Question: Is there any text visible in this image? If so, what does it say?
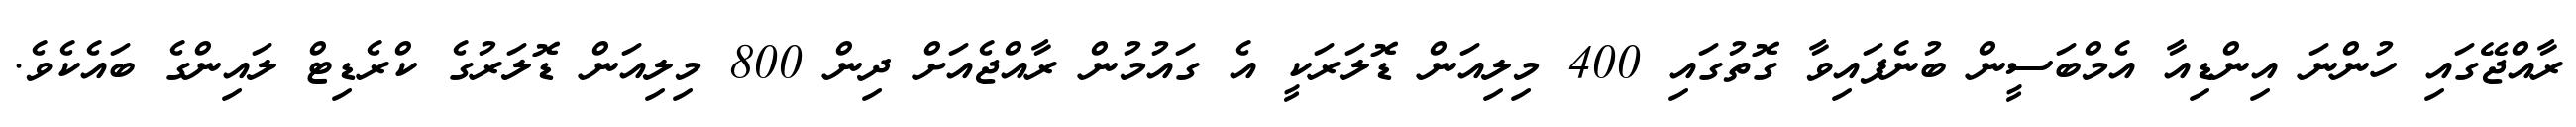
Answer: ރާއްޖޭގައި ހުންނަ އިންޑިއާ އެމްބަސީން ބުނެފައިވާ ގޮތުގައި 400 މިލިއަން ޑޮލަރަކީ އެ ގައުމުން ރާއްޖެއަށް ދިން 800 މިލިއަން ޑޮލަރުގެ ކްރެޑިޓް ލައިންގެ ބައެކެވެ.